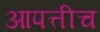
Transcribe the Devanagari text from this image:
आपत्तीच